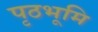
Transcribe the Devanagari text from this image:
पृठभूमि